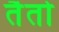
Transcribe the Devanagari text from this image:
तैतो